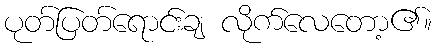
ပုတ်ပြတ်ရောင်းချ လိုက်လေတော့၏။